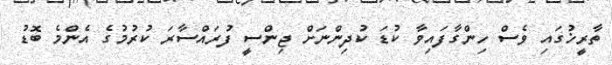
ތާރީޚުގައި ވެސް ހިންގާފައިވާ ކުޑަ ކުދިންނަށް ޖިންސީ ފުރައްސާރަ ކުރުމުގެ އެންމެ ބޮޑު